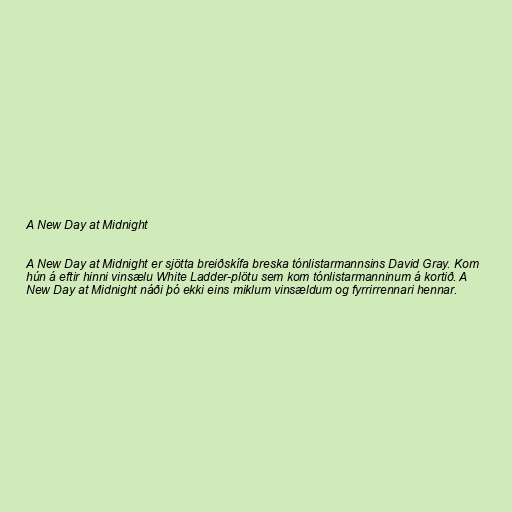
A New Day at Midnight

A New Day at Midnight er sjötta breiðskífa breska tónlistarmannsins David Gray. Kom
hún á eftir hinni vinsælu White Ladder-plötu sem kom tónlistarmanninum á kortið. A
New Day at Midnight náði þó ekki eins miklum vinsældum og fyrrirrennari hennar.